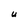
Character: u